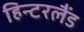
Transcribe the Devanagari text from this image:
हिन्टरलैंड